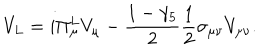
V _ { L } = i \Pi _ { \mu } ^ { L } V _ { \mu } - \frac { 1 - \gamma _ { 5 } } { 2 } \frac { 1 } { 2 } \sigma _ { \mu \nu } V _ { \mu \nu } .